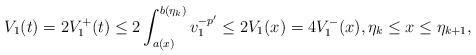
LaTeX: \begin{align*}V_1(t)=2V_1^+(t)\le 2\int_{a(x)}^{b(\eta_k)}v_1^{-p'}\le 2V_1(x)=4 V_1^-(x), \eta_k\le x\le\eta_{k+1},\end{align*}